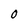
Character: O